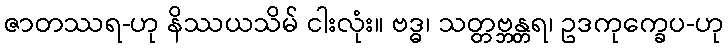
ဇာတဿရ-ဟု နိဿယသိမ် ငါးလုံး။ ဗဒ္ဓ၊ သတ္တဗ္ဘန္တရ၊ ဥဒကုက္ခေပ-ဟု